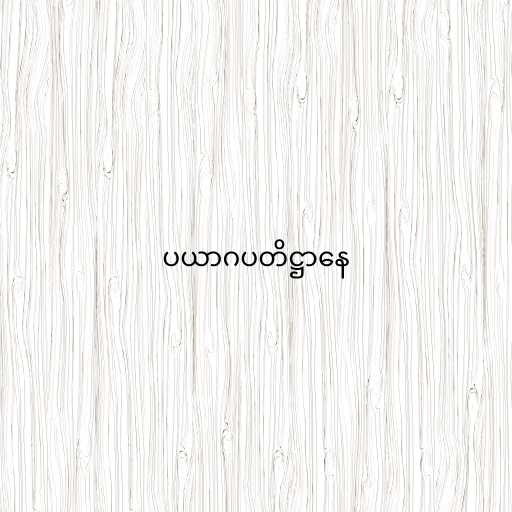
ပယာဂပတိဋ္ဌာနေ